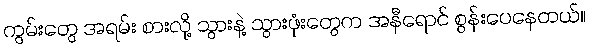
ကွမ်းတွေ အရမ်း စားလို့ သွားနဲ့ သွားဖုံးတွေက အနီရောင် စွန်းပေနေတယ်။